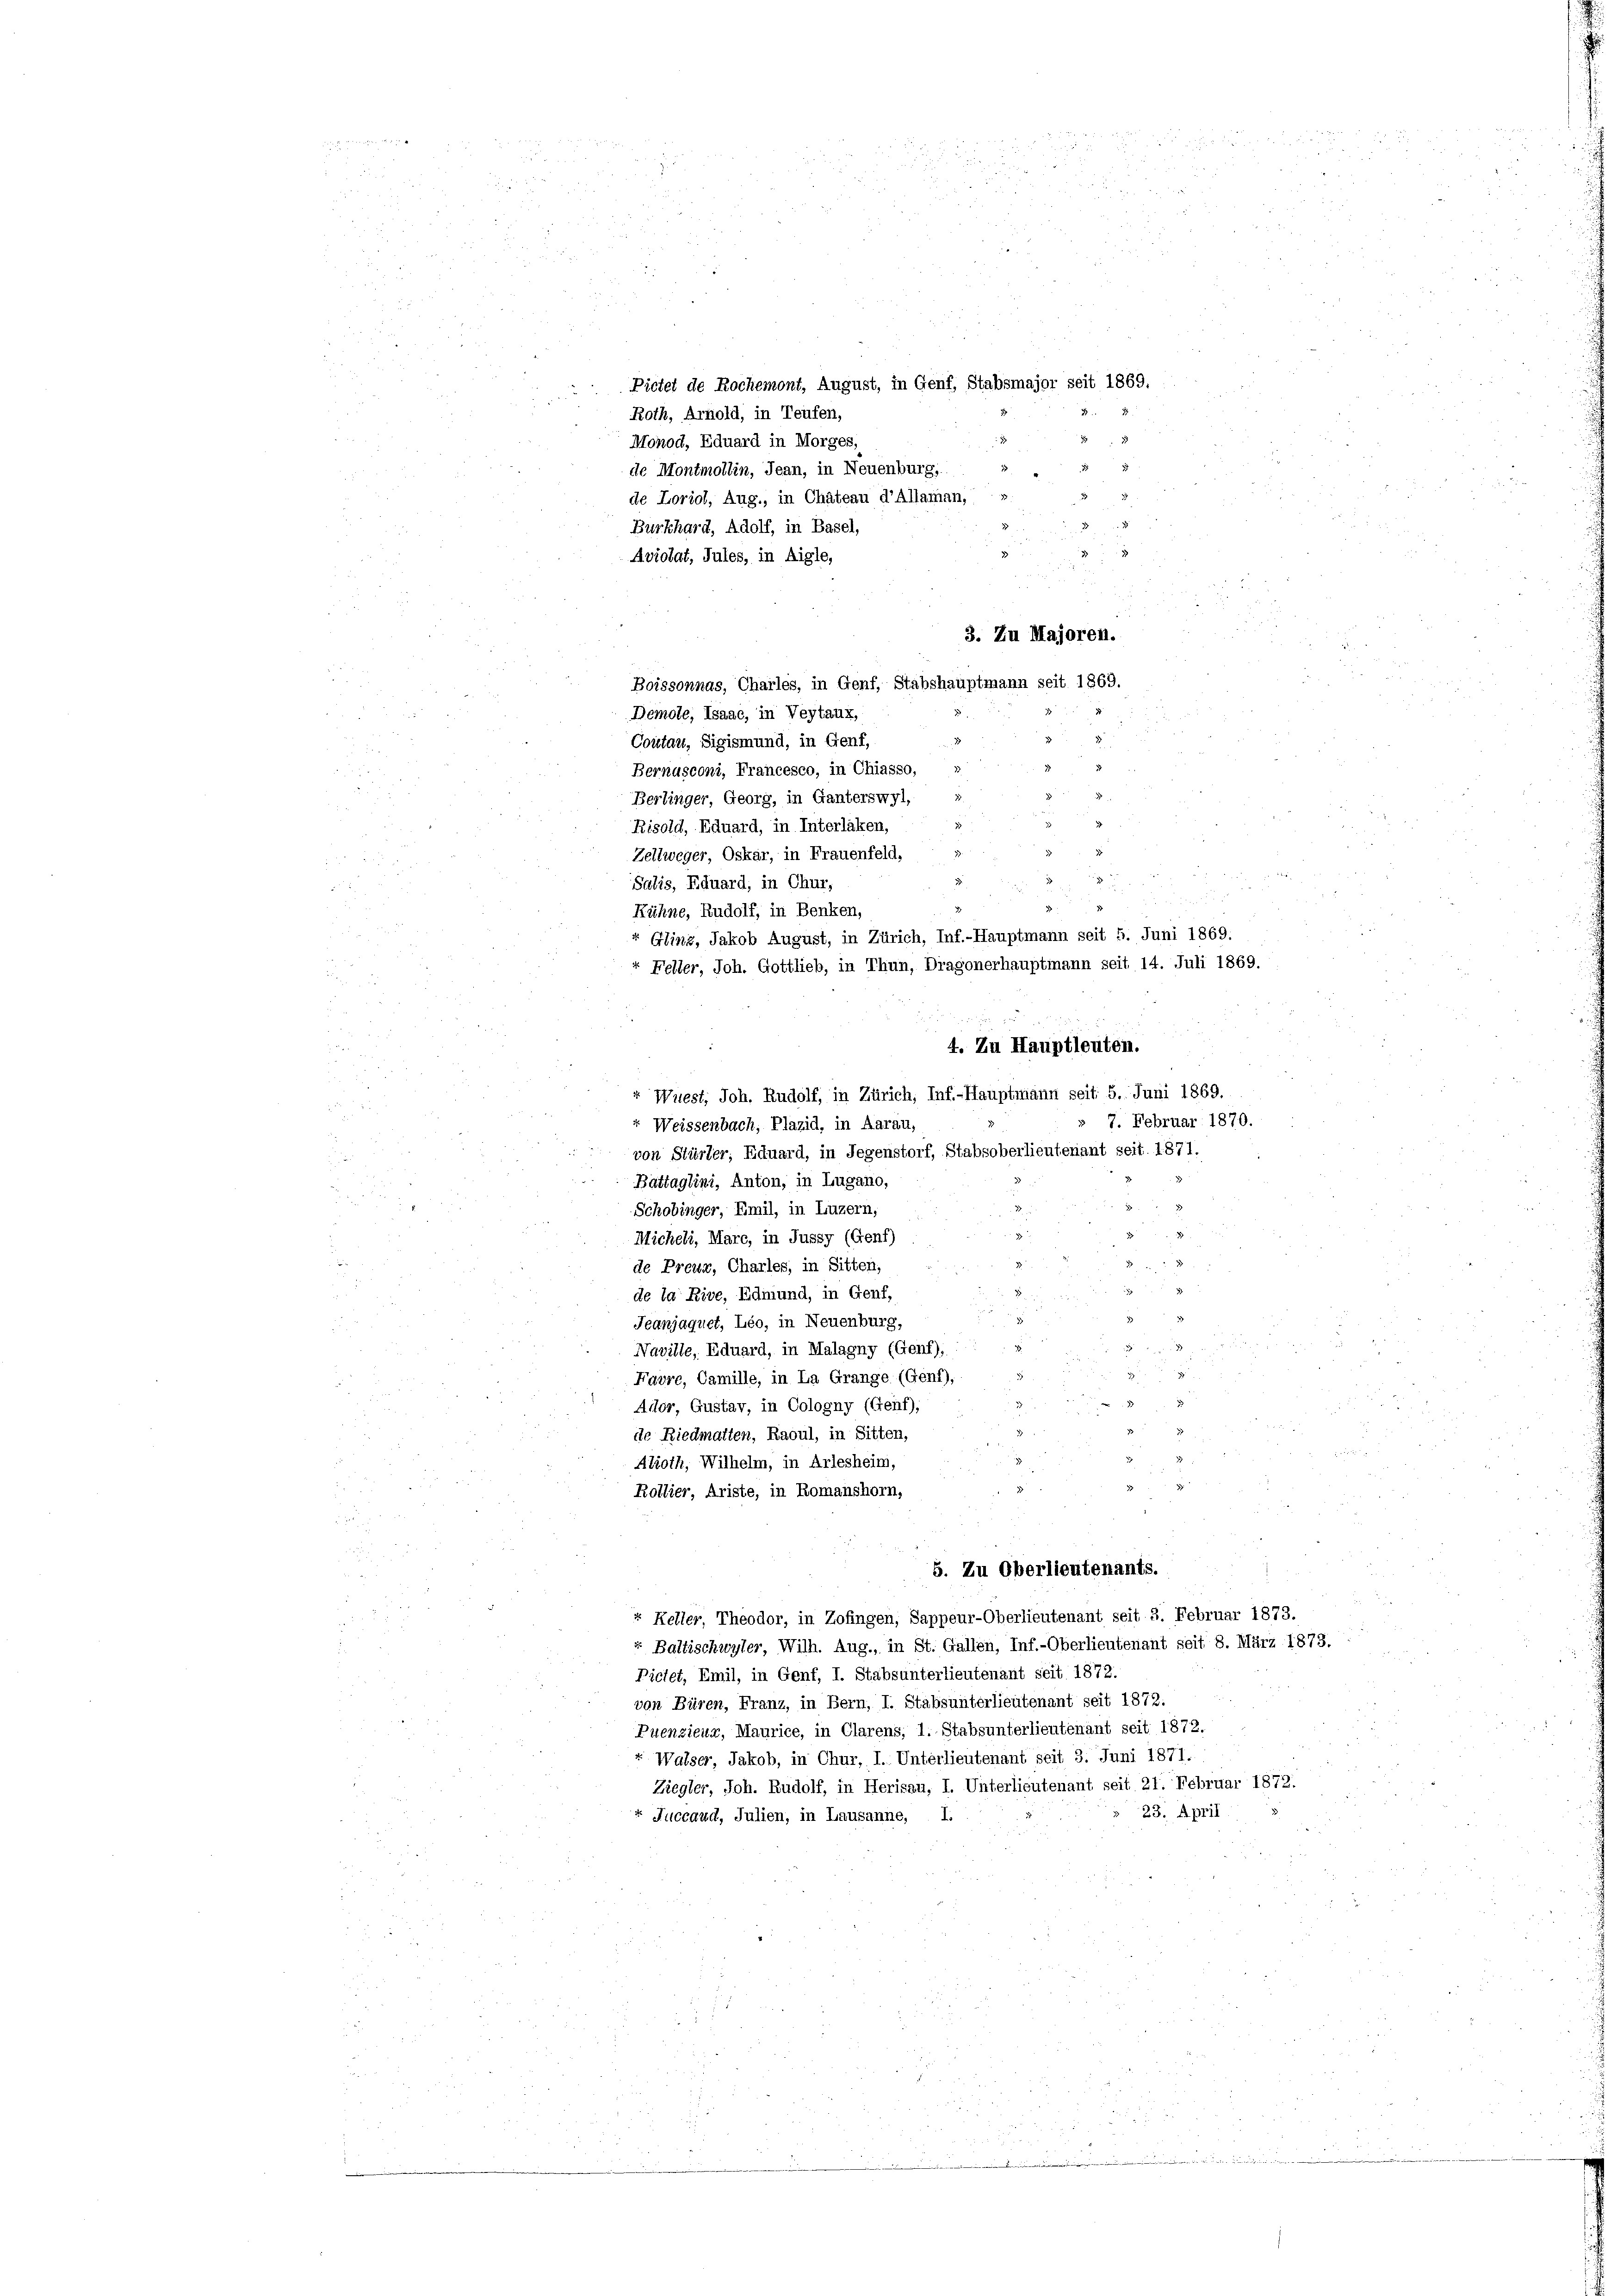
Pietet de Rochemont, August, in Genf, Stabsmajor seit 1869.
Roth, Arnold, in Teufen,
Monod, Eduard in Morges,
de Montmollin, Jean, in Neuenburg, » .
de Loriol, Aug., in Chateau d’Alaman,
Burkhard, Adolf, in Basel,
Aviolat, Jules, in Aigle,
d
Boissonnas, Charles, in Genf, Stabshauptmann seit 1869.
Demole, Isaac, in Veytaux,
n
Coutau, Sigismund, in Genf,
Bernusconi, Francesco, in Chiasso,
Berlinger, Georg, in Ganterswyl,
Risold, Eduard, in Interlaken,
Zellweger, Oskar, in Frauenfeld,
Salis, Eduard, in Chur,
Glina, Jakob August, in Zürich, Inf.-Hauptmann seit 5. Juni 1869.
Feller, Joh. Gottlieb, in Thun, Dragonerhauptmann seit 14. Juli 1869.

n
s
« Wiest, Joh. Rudolf, in Zürich, Inf.-Hauptmann seit: 5. Juni 1869.
u
r Weissenbach, Plazid, in Aarau,
von Stürler, Eduard, in Jegenstorf, Stabsoberlieutenant seit 1871.
2
Battaglini, Anton, in Lugano,
Schobinger, Emil, in Luzern,
e
Micheli, Mare, in Jussy (Genf)
de Preux, Charles, in Sitten,

r
de la Rive, Edmund, in Genf,
2
Jeanjaquet, Léo, in Neuenburg,
Naville, Eduard, in Malagny (Genf),
g
i
Favre, Camille, in La Grange. (Genf),
Ador, Gustav, in Cologny (Genf);
de Riedmatten, Raoul, in Sitten,
Alroth, Wilhelm, in Arlesheim,
Rollier, Ariste, in Romanshorn,
5. Zu Oberlieutenants.
“ Keller, Theodor, in Zofingen, Sappeur-Oberlieutenant seit 3. Februar 1873.
Baltischwyler, Wilh. Aug., in St. Gallen, Inf.-Oberlieutenant seit 8. März 1873.
Picfet, Emil, in Genf, I. Stabsunterlieutenant seit 1872.
von Büren, Franz, in Bern, I. Stabsunterlieutenant seit 1872.
Puenzieng, Maurice, in Clarens, 1. Stabsunterlieutenant seit 1872,
Walser, Jakob, in Chur, I. Unterlieutenant seit 3. Juni 1871.
Ziegler, Joh. Rudolf, in Herisau, I. Unterlieutenant seit 21. Februar 1872.
23. April
Juccaud, Julien, in Lausanne, I.

Rühne, Rudolf, in Benken,

3. Zu Majoren.

e
. l. Juni
4. Zu Hauptleuten.
7. Februar 1870.